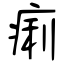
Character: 痢